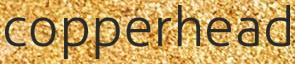
copperhead